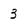
Character: 3